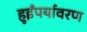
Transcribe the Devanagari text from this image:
हुईंपर्यावरण